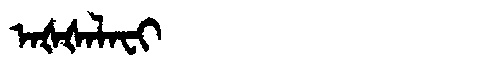
Manchu: ᠠᡧᡧᠠᠯᠠᠸᡳ
Romanization: AŠŠALAFI